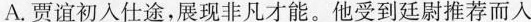
A.贾谊初入仕途，展现非凡才能。他受到廷尉推荐而入